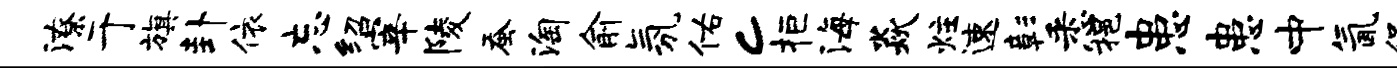
潦于旗卦依忘绍宰陵蚕淘俞氛佑c拒海焱炷速彰悉挹患患中氤促